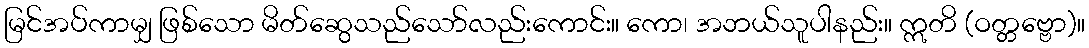
မြင်အပ်ကာမျှ ဖြစ်သော မိတ်ဆွေသည်သော်လည်းကောင်း။ ကော၊ အဘယ်သူပါနည်း။ ဣတိ (ဝတ္တဗ္ဗော)။